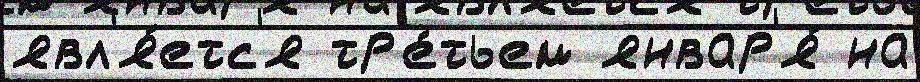
явл'я́етс'я тр'е́тьем январ'я́ на